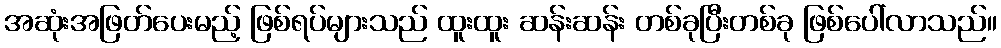
အဆုံးအဖြတ်ပေးမည့် ဖြစ်ရပ်များသည် ထူးထူး ဆန်းဆန်း တစ်ခုပြီးတစ်ခု ဖြစ်ပေါ်လာသည်။